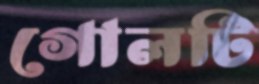
গোলটি